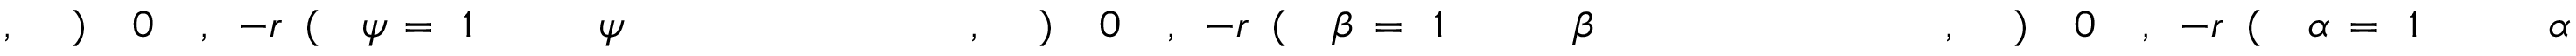
\! \! \! \! \! \! \! \! \! \! \! \alpha \! \! \! \! \! \! \! \! \! \! \! \! _ { \! } \! \! \! \! \! \! \! \! \! \! \! 1 \! \! \! \! \! \! \! \! \! \! \! \! = \! \! \! \! \! \! \! \! \! \! \! \! \alpha \! \! \! \! \! \! \! \! \! \! \! \! ( \! \! \! \! \! \! \! \! \! \! \! \! - r \! \! \! \! \! \! \! \! \! \! \! \! , \! \! \! \! \! \! \! \! \! \! \! \! 0 \! \! \! \! \! \! \! \! \! \! \! \! ) \! \! \! \! \! \! \! \! \! \! \! \! , \! \! \! \! \! \! \! \! \! \! \! \! \! \! \! \! \! \! \! \! \! \! \! \! ~ \! \! \! \! \! \! \! \! \! \! \! \! ~ \! \! \! \! \! \! \! \! \! \! \! \! \! \! \! \! \! \! \! \! \! \! \! \! \beta \! \! \! \! \! \! \! \! \! \! \! \! _ { \! } \! \! \! \! \! \! \! \! \! \! \! 1 \! \! \! \! \! \! \! \! \! \! \! \! = \! \! \! \! \! \! \! \! \! \! \! \! \beta \! \! \! \! \! \! \! \! \! \! \! \! ( \! \! \! \! \! \! \! \! \! \! \! \! - r \! \! \! \! \! \! \! \! \! \! \! \! , \! \! \! \! \! \! \! \! \! \! \! \! 0 \! \! \! \! \! \! \! \! \! \! \! \! ) \! \! \! \! \! \! \! \! \! \! \! \! , \! \! \! \! \! \! \! \! \! \! \! \! \! \! \! \! \! \! \! \! \! \! \! \! ~ \! \! \! \! \! \! \! \! \! \! \! \! ~ \! \! \! \! \! \! \! \! \! \! \! \! \! \! \! \! \! \! \! \! \! \! \! \! \psi \! \! \! \! \! \! \! \! \! \! \! \! _ { \! } \! \! \! \! \! \! \! \! \! \! \! 1 \! \! \! \! \! \! \! \! \! \! \! \! = \! \! \! \! \! \! \! \! \! \! \! \! \psi \! \! \! \! \! \! \! \! \! \! \! \! ( \! \! \! \! \! \! \! \! \! \! \! \! - r \! \! \! \! \! \! \! \! \! \! \! \! , \! \! \! \! \! \! \! \! \! \! \! \! 0 \! \! \! \! \! \! \! \! \! \! \! \! ) \! \! \! \! \! \! \! \! \! \! \! \! , \! \! \! \! \! \! \! \! \! \! \!